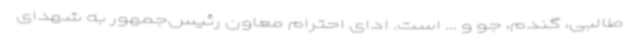
طالبی، گندم، جو و ... است. ادای احترام معاون رئیس‌جمهور به شهدای